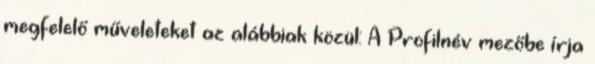
megfelelő műveleteket az alábbiak közül: A Profilnév mezőbe írja